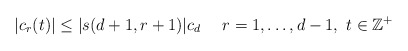
\begin{align*} |c_r(t)| \leq |s(d+1, r+1)| c_d \ \ \ \ r = 1, \dots, d-1, \ t \in \mathbb{Z}^+\end{align*}